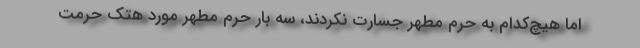
اما هیچ‌کدام به حرم مطهر جسارت نکردند، سه بار حرم مطهر مورد هتک حرمت